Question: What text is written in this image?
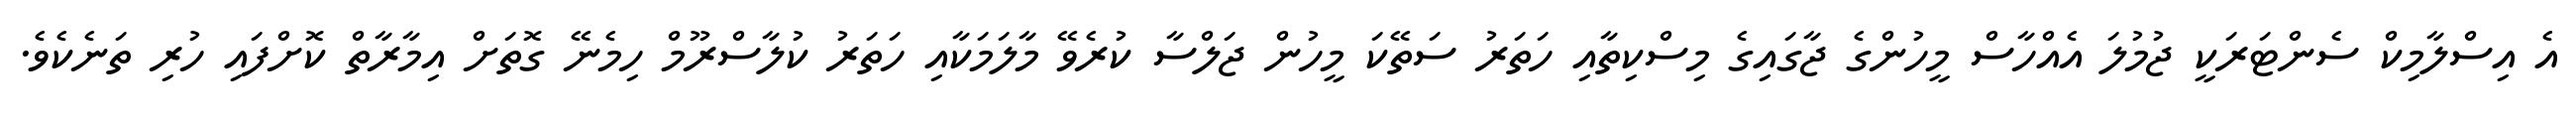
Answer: އެ އިސްލާމިކް ސެންޓަރަކީ ޖުމުލަ އެއްހާސް މީހުންގެ ޖާގައިގެ މިސްކިތާއި ހަތަރު ސަތޭކަ މީހުން ޖަލްސާ ކުރެވޭ މާލަމަކާއި ހަތަރު ކުލާސްރޫމް ހިމެނޭ ގޮތަށް އިމާރާތް ކޮށްފައި ހުރި ތަނެކެވެ.